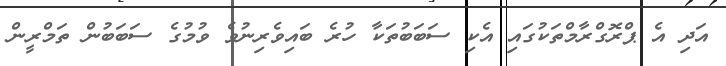
އަދި އެ ޕްރޮގްރާމްތަކުގައި އެކި ސަބަބުތަކާ ހުރެ ބައިވެރިނުވެ ވުމުގެ ސަބަބުން ތަމްރީން